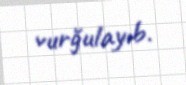
vurğulayıb.